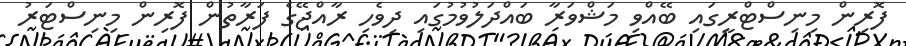
ފޮރިން މިނިސްޓްރީގައި ބޭއްވި މަޝްވަރާ ބައްދަލުވުމުގައި ދިވެހި ރާއްޖޭގެ ފަރާތުން ފޮރިން މިނިސްޓަރު